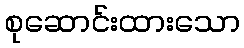
စုဆောင်းထားသော